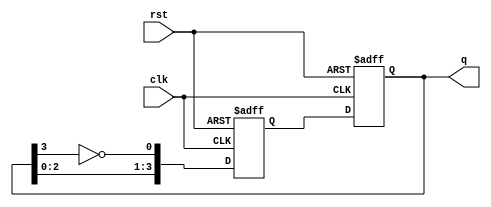
module johnson_counter(
    input wire clk,
    input wire rst,
    output reg [N-1:0] q
);

parameter N = 4;

reg [N-1:0] next_q;

always @(posedge clk or posedge rst) begin
    if(rst) begin
        q <= N'b0;
        next_q <= N'b0;
    end else begin
        q <= next_q;
        next_q <= {q[N-2:0], ~q[N-1]};
    end
end

endmodule